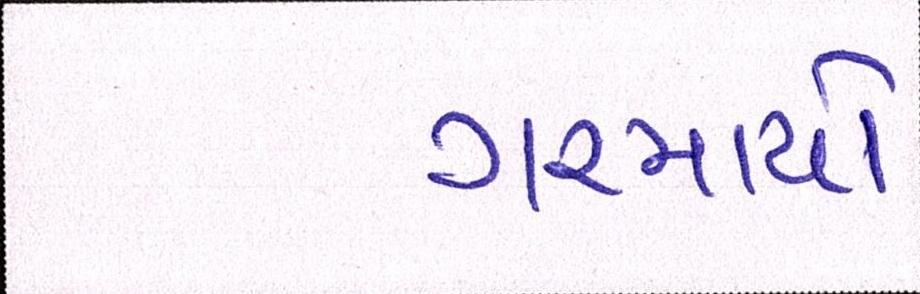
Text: ગરમાયો